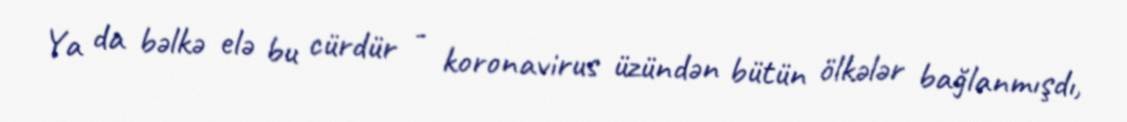
Ya da bəlkə elə bu cürdür - koronavirus üzündən bütün ölkələr bağlanmışdı,